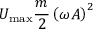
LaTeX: U _ { \mathrm { m a x } } { \frac { m } { 2 } } \left( \omega A \right) ^ { 2 }